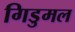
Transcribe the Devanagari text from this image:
गिडुमल